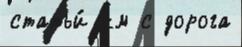
статьи́ км с дорога